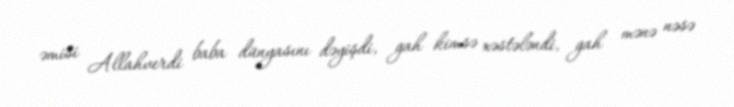
əmisi Allahverdi baba dünyasını dəyişdi, gah kimsə xəstələndi, gah mənə nəsə